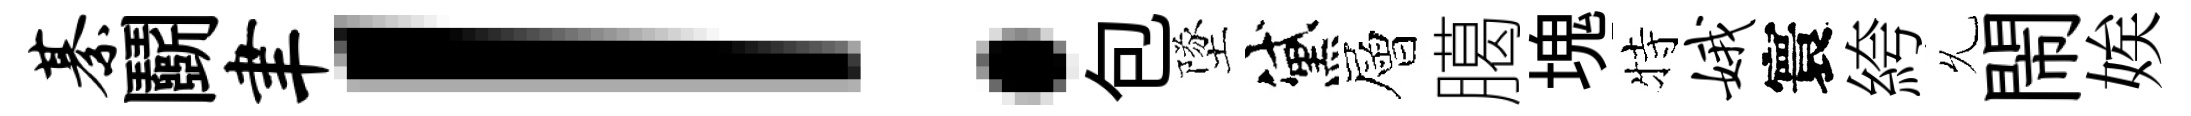
綦鬬聿！包墜黛層臈塊特娥寰絝𠃔閙娭